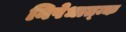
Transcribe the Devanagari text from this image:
निषेधात्म्क